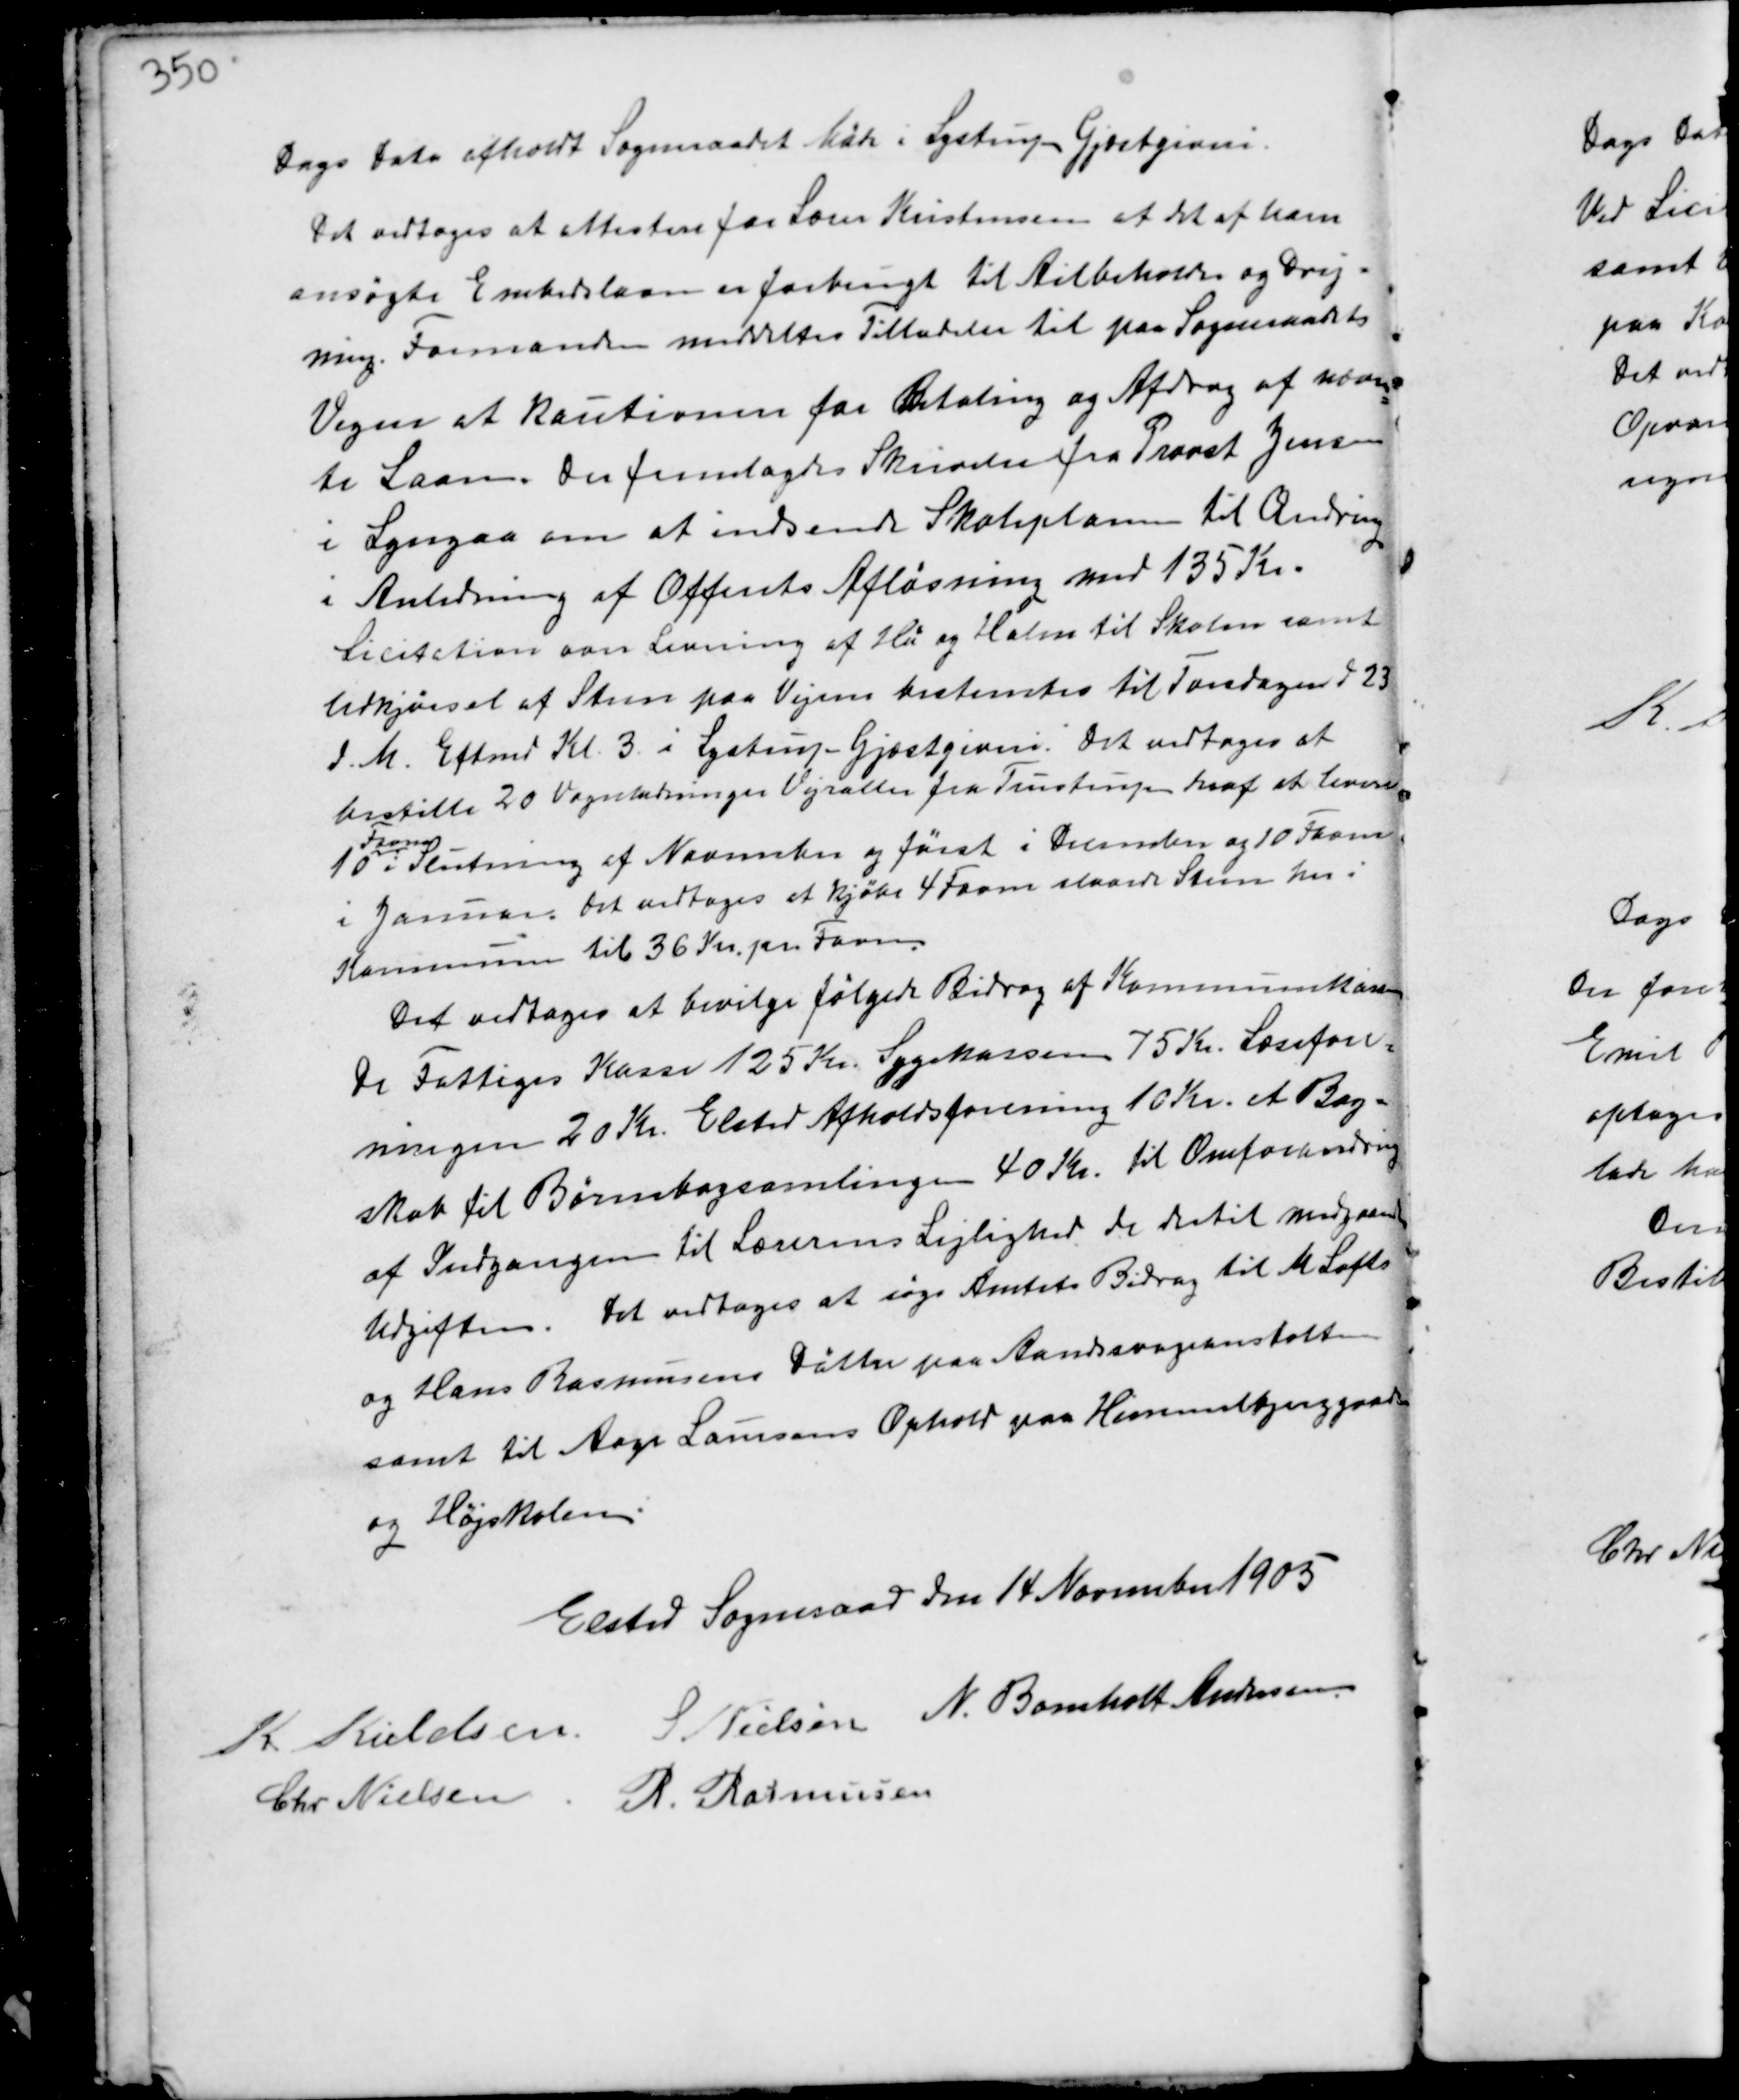
Transskription:
Dags Dato afholdt Sogneraadet Møde i Lystrup Gjæstgiveri.
Det vedtoges at attestere for Lærer Kristensen at det af ham
ansøgte Embedslaan er forbrugt til Ailbeholder og Drej-
ning. Formanden meddeltes Tilladelse til paa Sogneraadets
Vegne at kautionere for Betaling og Afdrag af nævn-
te Laan. Der fremlagdes Skrivelse fra Provst Jensen
i Lyngaa om at indsende Skoleplanen til Ændring
i Anledning af Offents Afløsning med 135 Kr.
Licitation over Levering af Hø og Halm til Skolen samt
Udkjørsel af Steen paa Vejene bestemtes til Torsdagen d 23
d.M. Eftermd Kl. 3. i Lystrup Gjæstgiveri. Det vedtoges at
bestille 20 Vognladninger Vejraller fra Tustrup heraf at levere
10
Favne
i Slutningen af November og først i December og 10 Favne
i Januar. Det vedtoges at kjøbe 4 Favne slaaede Steen her i
Kommunen til 36 Kr. pr Favn.
Det vedtoges at bevilge følgende Bidrag af Kommunekassen
De Fattiges Kasse 125 Kr. Sygekassen 75 Kr. Læsefore-
ningen 20 Kr. Elsted Afholdsforening 10 Kr. et Bog-
skab til Børnebogsamlingen 40 Kr. til Omforandring
af Indgangen til Lærerens Lejlighed de dertil medgaaede
Udgifter. Det vedtoges at søge Bidrag til M Lofts
og Hans Rasmussens Døttre paa Aandsvageanstalten
samt til Aage Laursens Ophold paa Himmelbjerggaarden
og Højskolen.

Elsted Sogneraad den 14 November 1905
K Kieldsen
S Nielsen N. Bomholt Andersen
Chr Nielsen R Rasmussen